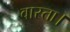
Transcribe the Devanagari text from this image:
वास्ता।